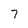
Character: 7